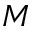
M